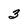
Character: 3